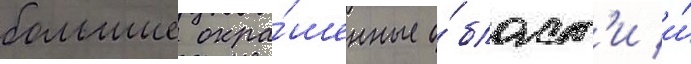
большие окра́шенные о́бласт'и и́